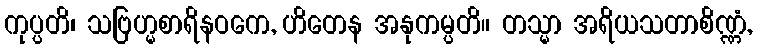
ကုပ္ပတိ၊ သဗြဟ္မစာရိနဝကေ, ဟိတေန အနုကမ္ပတိ။ တသ္မာ အရိယသတာစိဏ္ဏံ,